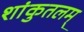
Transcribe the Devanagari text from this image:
शांकुतलम्